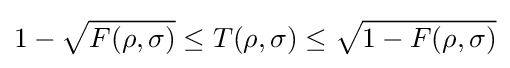
1-{\sqrt {F(\rho ,\sigma )}}\leq T(\rho ,\sigma )\leq {\sqrt {1-F(\rho ,\sigma )}}